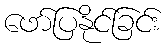
ဖော်ပြနိုင်ခြင်း